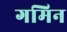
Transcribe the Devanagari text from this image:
गमिन